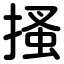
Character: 搔